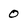
Character: 0